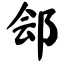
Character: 郐